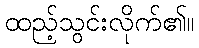
ထည့်သွင်းလိုက်၏။